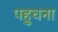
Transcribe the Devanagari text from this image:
पहुचना